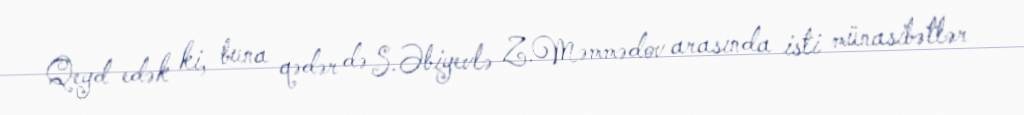
Qeyd edək ki, buna qədər də S.Əbiyevlə Z.Məmmədov arasında isti münasibətlər